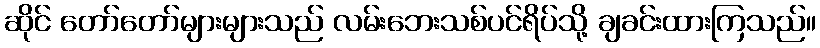
ဆိုင် တော်တော်များများသည် လမ်းဘေးသစ်ပင်ရိပ်သို့ ချခင်းထားကြသည်။